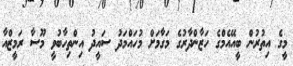
މީގެ އިތުރުން ބީއޭއެމްގެ ހަޒާންދާރުގެ މަގާމަށް މުހައްމަދު ސައީދު އިންތިހާބުވީ މޫސާ ރަމީޒްއާ